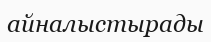
айналыстырады